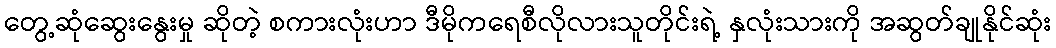
တွေ့ဆုံဆွေးနွေးမှု ဆိုတဲ့ စကားလုံးဟာ ဒီမိုကရေစီလိုလားသူတိုင်းရဲ့ နှလုံးသားကို အဆွတ်ချုနိုင်ဆုံး